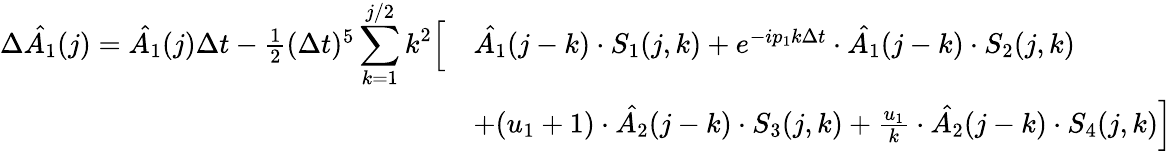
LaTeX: \begin{array}{rl}{\Delta\hat{A_{1}}(j)=\hat{A_{1}}(j)\Delta t-\frac{1}{2}(\Delta t)^{5}\displaystyle\sum_{k=1}^{j/2}k^{2}\Bigl[}&{\hat{A_{1}}(j-k)\cdot S_{1}(j,k)+e^{-ip_{1}k\Delta t}\cdot\hat{A_{1}}(j-k)\cdot S_{2}(j,k)}\\ &{+(u_{1}+1)\cdot\hat{A_{2}}(j-k)\cdot S_{3}(j,k)+\frac{u_{1}}{k}\cdot\hat{A_{2}}(j-k)\cdot S_{4}(j,k)\Bigr]}\end{array}